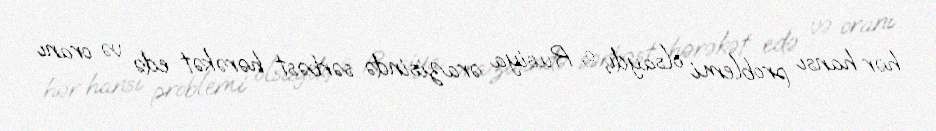
hər hansı problemi olsaydı, o, Rusiya ərazisində sərbəst hərəkət edə və oranı